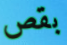
بقص